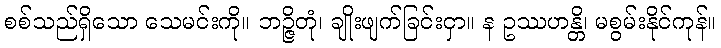
စစ်သည်ရှိသော သေမင်းကို။ ဘဉ္ဇိတုံ၊ ချိုးဖျက်ခြင်းငှာ။ န ဥဿဟန္တိ၊ မစွမ်းနိုင်ကုန်။